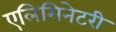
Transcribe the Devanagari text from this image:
एलिमिनेटरी